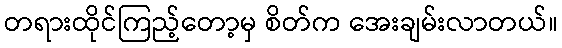
တရားထိုင်ကြည့်တော့မှ စိတ်က အေးချမ်းလာတယ်။